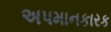
અપમાનકારક